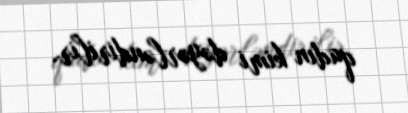
qadın kimi dəyərləndirilir.